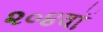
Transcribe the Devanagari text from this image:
२०४वॉ